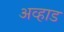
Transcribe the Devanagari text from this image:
अव्हाड